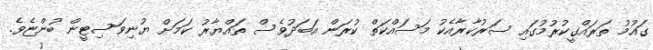
ގައުމު ތަރައްގީކުރުމުގައި ސަރުކާރާއެކު މަސައްކަތް ކުރަން އަބަދުވެސް ތައްޔާރު ކަމަށް ޔުނިވަސިޓީން ބުންޏެވެ.